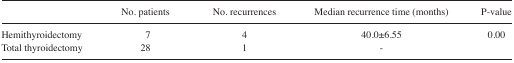
|  | No. patients | No. recurrences | Median recurrence time (months) | P-value |
 | --- | --- | --- | --- | --- |
 | Hemithyroidectomy | 7 | 4 | 40.0±6.55 | 0.00 |
 | Total thyroidectomy | 28 | 1 | - |  |